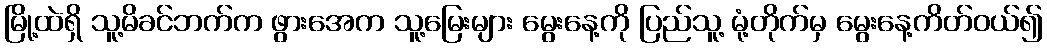
မြို့ထဲရှိ သူ့မိခင်ဘက်က ဖွားအေက သူ့မြေးများ မွေးနေ့ကို ပြည်သူ့ မုံ့တိုက်မှ မွေးနေ့ကိတ်ဝယ်၍